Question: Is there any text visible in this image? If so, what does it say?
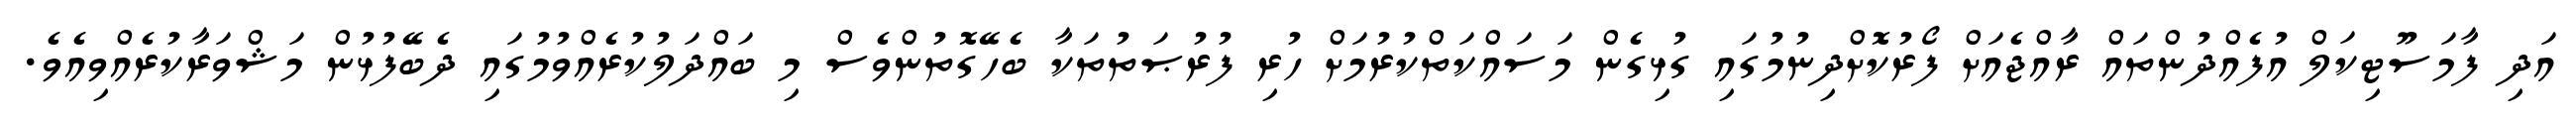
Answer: އަދި ފާމަސޫޓިކަލް އުފެއްދުންތައް ރާއްޖެއަށް ފޯރުކޮށްދިނުމުގައި ގުޅިގެން މަސައްކަތްކުރުމަށް ހުރި ފުރުޞަތުތަކާ ބެހޭގޮތުންވެސް މި ބައްދަލުކުރެއްވުމުގައި ދެބޭފުޅުން މަޝްވަރާކުރެއްވިއެވެ.